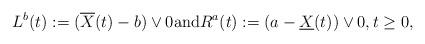
LaTeX: \begin{align*}L^b(t) := (\overline{X}(t) -b) \vee 0 \textrm{and} R^a(t) := (a - \underline{X}(t)) \vee 0, t \geq 0, \end{align*}